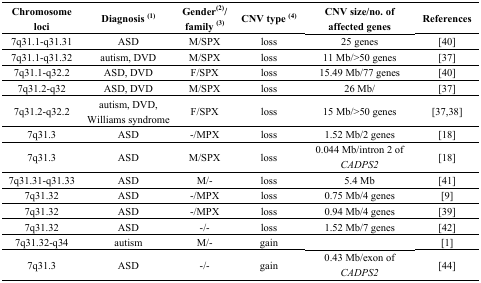
<table><thead><tr><td><b>Chromosome loci</b></td><td><b>Diagnosis <sup>(1)</sup></b></td><td><b>Gender<sup>(2)</sup>/family <sup>(3)</sup></b></td><td><b>CNV type <sup>(4)</sup></b></td><td><b>CNV size/no. of affected genes</b></td><td><b>References</b></td></tr></thead><tbody><tr><td>7q31.1-q31.31</td><td>ASD</td><td>M/SPX</td><td>loss</td><td>25 genes</td><td>[40]</td></tr><tr><td>7q31.1-q31.32</td><td>autism, DVD</td><td>M/SPX</td><td>loss</td><td>11 Mb/&gt;50 genes</td><td>[37]</td></tr><tr><td>7q31.1-q32.2</td><td>ASD, DVD</td><td>F/SPX</td><td>loss</td><td>15.49 Mb/77 genes</td><td>[40]</td></tr><tr><td>7q31.2-q32</td><td>ASD, DVD</td><td>M/SPX</td><td>loss</td><td>26 Mb/</td><td>[37]</td></tr><tr><td>7q31.2-q32.2</td><td>autism, DVD, Williams syndrome</td><td>F/SPX</td><td>loss</td><td>15 Mb/&gt;50 genes</td><td>[37,38]</td></tr><tr><td>7q31.3</td><td>ASD</td><td>-/MPX</td><td>loss</td><td>1.52 Mb/2 genes</td><td>[18]</td></tr><tr><td>7q31.3</td><td>ASD</td><td>M/SPX</td><td>loss</td><td>0.044 Mb/intron 2 of <i>CADPS2</i></td><td>[18]</td></tr><tr><td>7q31.31-q31.33</td><td>ASD</td><td>M/-</td><td>loss</td><td>5.4 Mb</td><td>[41]</td></tr><tr><td>7q31.32</td><td>ASD</td><td>-/MPX</td><td>loss</td><td>0.75 Mb/4 genes</td><td>[9]</td></tr><tr><td>7q31.32</td><td>ASD</td><td>-/MPX</td><td>loss</td><td>0.94 Mb/4 genes</td><td>[39]</td></tr><tr><td>7q31.32</td><td>ASD</td><td>-/-</td><td>loss</td><td>1.52 Mb/7 genes</td><td>[42]</td></tr><tr><td>7q31.32-q34</td><td>autism</td><td>M/-</td><td>gain</td><td></td><td>[1]</td></tr><tr><td>7q31.3</td><td>ASD</td><td>-/-</td><td>gain</td><td>0.43 Mb/exon of <i>CADPS2</i></td><td>[44]</td></tr></tbody></table>